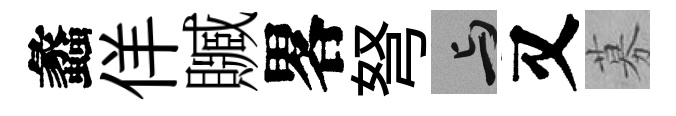
蠡佯贓畧弩与又募